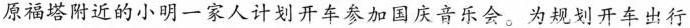
原福塔附近的小明一家人计划开车参加国庆音乐会。为规划开车出行